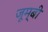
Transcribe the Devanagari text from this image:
जूम्बी